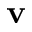
\mathbf { v }